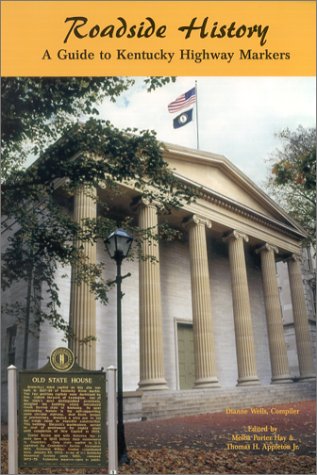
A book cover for Roadside History: A Guide to Kentucky Highway Markers; Travel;